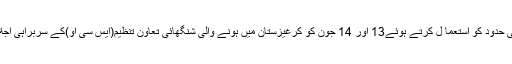
بھارتی وزیراعظم نریندر مودی پاکستانی حدود کو استعما ل کرتے ہوئے13 اور 14 جون کو کرغیزستان میں ہونے والی شنگھائی تعاون تنظیم(ایس سی او)کے سربراہی اجلاس میں شرکت کے لیے بشکیک گئے ۔